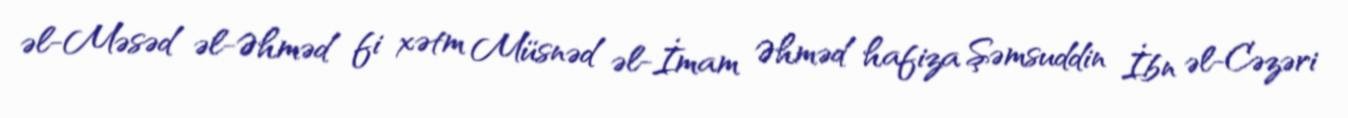
əl-Məsəd əl-Əhməd fi xətm Müsnəd əl-İmam Əhməd hafiza Şəmsuddin İbn əl-Cəzəri